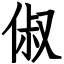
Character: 俶